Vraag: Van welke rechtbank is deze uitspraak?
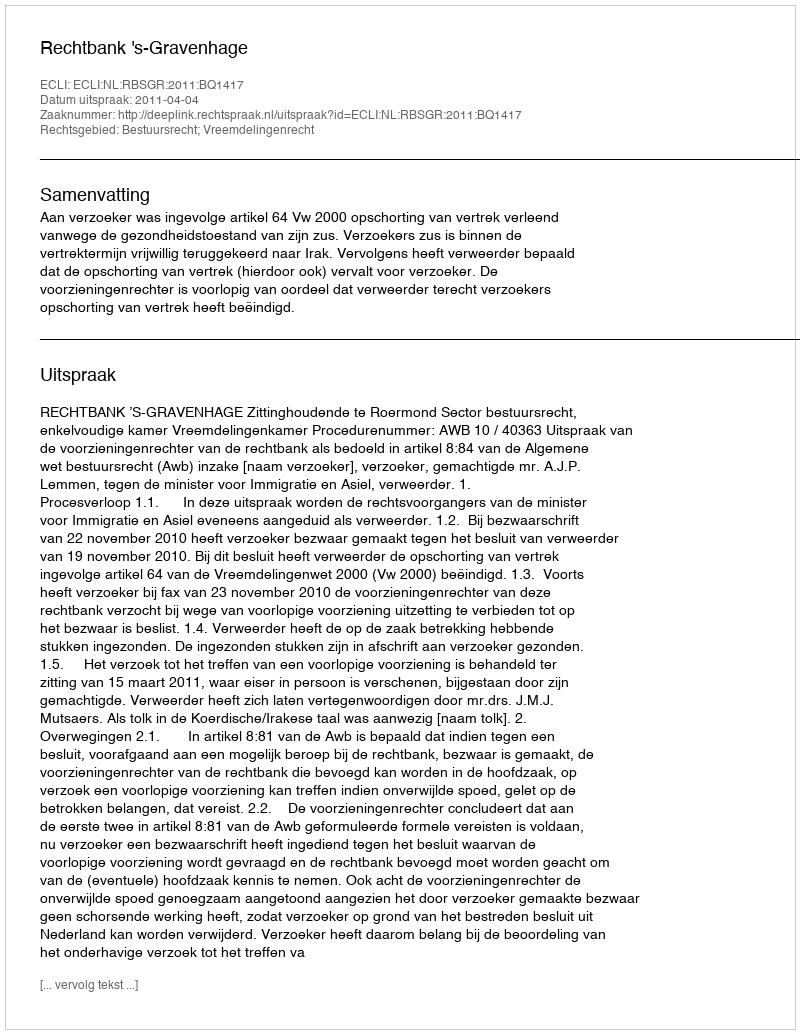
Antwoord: Rechtbank 's-Gravenhage